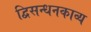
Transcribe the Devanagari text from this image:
द्विसन्धनकाव्य